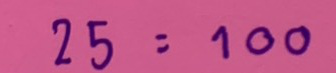
25 = 100